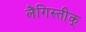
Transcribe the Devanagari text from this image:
लैंगिस्तीक्